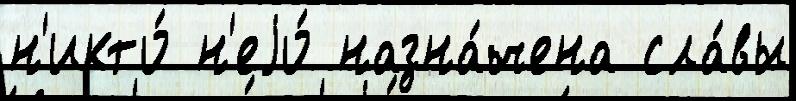
н'икто́ н'еjо́ назна́чена сла́вы